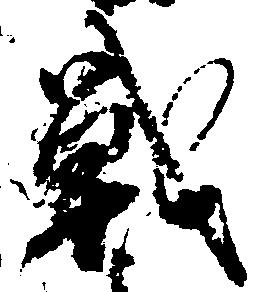
戦